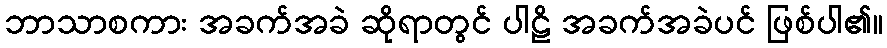
ဘာသာစကား အခက်အခဲ ဆိုရာတွင် ပါဠိ အခက်အခဲပင် ဖြစ်ပါ၏။